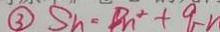
\textcircled { 3 } S _ { n } = B n ^ { 2 } + q n